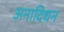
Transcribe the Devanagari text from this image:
अनादिधन